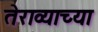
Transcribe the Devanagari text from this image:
तेराव्याच्या